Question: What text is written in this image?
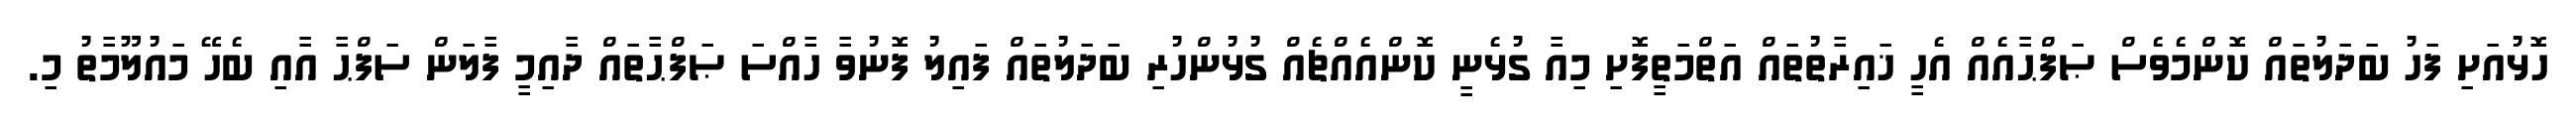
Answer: ހޮޅުއަށި ފަހު ބަދަލުތައް ކޮންމެވެސް ޞަފްޙާއެއް އެހީ ޚައިރާތުތައް އަތްމަތީފޮށި މިއާ ގުޅެނީ ކޮންއެއްޗެއް ގުޅުންހުރި ބަދަލުތައް ފައިލު ފޮނުވާ ހާއްސަ ޞަފްޙާތައް ދާއިމީ ފާލަން ސަފްޙާ އާއި ބެހޭ މައުލޫމާތު މި.